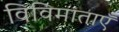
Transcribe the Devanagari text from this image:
विविमाताएँ